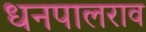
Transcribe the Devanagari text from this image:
धनपालराव